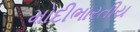
મોદીભારતીય